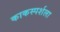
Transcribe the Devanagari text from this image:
काकस्पर्शला